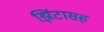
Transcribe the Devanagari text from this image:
झिंटासह